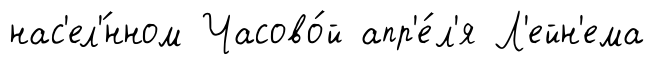
нас'ел'́нном Часово́й апр'е́л'я Л'ейн'ема